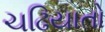
ચઢિયાતો